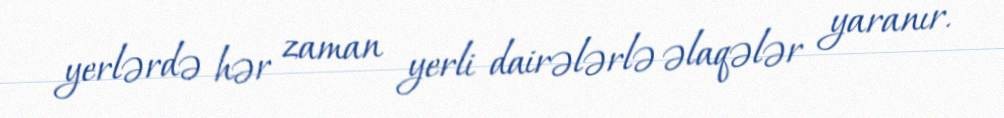
yerlərdə hər zaman yerli dairələrlə əlaqələr yaranır.